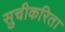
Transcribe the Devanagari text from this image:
सुचीकरिता